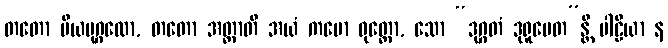
တတော ပိယပုဂ္ဂလော, တတော အတ္တာတိ အယံ ကမော ဝုတ္တော, သော “ဒုဂ္ဂတံ ဒုရူပေတ”န္တိ ပါဠိယာ န